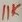
Text: 11K